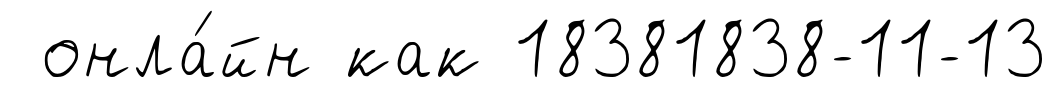
онла́йн как 18381838-11-13